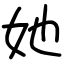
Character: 她